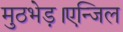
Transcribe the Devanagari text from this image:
मुठभेड़।एन्जिल